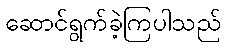
ဆောင်ရွက်ခဲ့ကြပါသည်